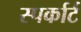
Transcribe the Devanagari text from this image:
स्पर्कार्ट